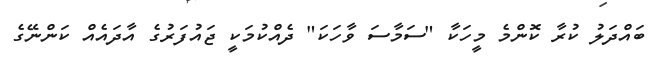
ބައްދަލު ކުރާ ކޮންމެ މީހަކާ "ސަމާސަ ވާހަކަ" ދެއްކުމަކީ ޖައުފަރުގެ އާދައެއް ކަންނޭގެ